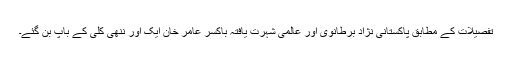
تفصیلات کے مطابق پاکستانی نژاد برطانوی اور عالمی شہرت یافتہ باکسر عامر خان ایک اور ننھی کلی کے باپ بن گئے۔